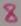
Text: 8